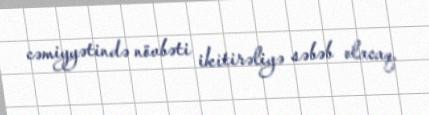
cəmiyyətində növbəti ikitirəliyə səbəb olacaq.